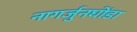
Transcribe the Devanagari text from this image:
नागर्जुनघोंडा